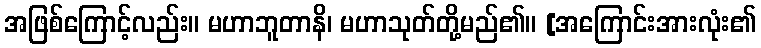
အဖြစ်ကြောင့်လည်း။ မဟာဘူတာနိ၊ မဟာသုတ်တို့မည်၏။ [အကြောင်းအားလုံး၏